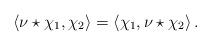
LaTeX: \begin{align*} \left < \nu \star \chi _ 1 , \chi _ 2 \right > = \left < \chi _ 1 , \nu \star \chi _ 2 \right > .\end{align*}